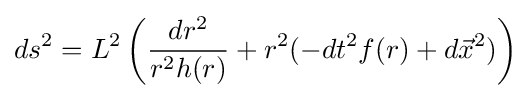
ds^{2}=L^{2}\left({\frac {dr^{2}}{r^{2}h(r)}}+r^{2}(-dt^{2}f(r)+d{\vec {x}}^{2})\right)